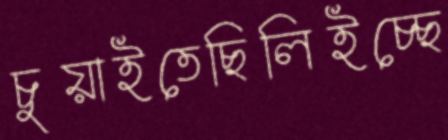
চুয়াইতেছিলিইচ্ছে